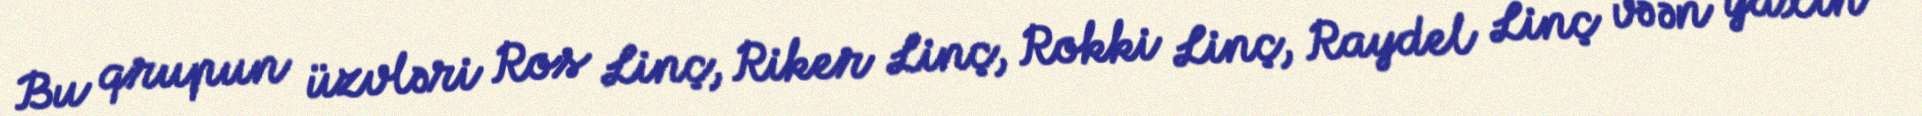
Bu qrupun üzvləri Ros Linç, Riker Linç, Rokki Linç, Raydel Linç və ən yaxın